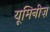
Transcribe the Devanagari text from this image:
यूमिनीज़